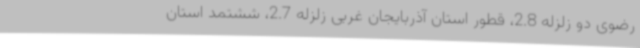
رضوی دو زلزله 2.8، قطور استان آذربایجان غربی زلزله 2.7، ششتمد استان